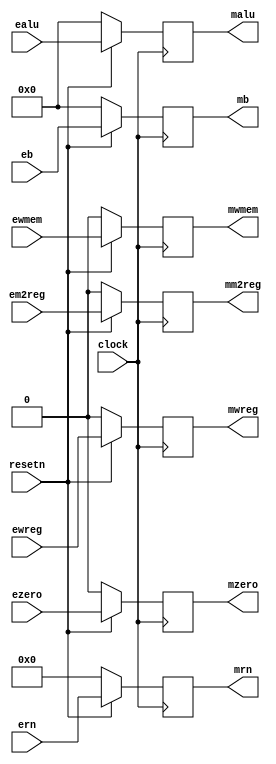
module pipeemreg(ewreg,em2reg,ewmem,ealu,eb,ern,ezero,clock,resetn,
					mwreg,mm2reg,mwmem,malu,mb,mrn,mzero);

	input          ewreg, em2reg, ewmem, ezero, clock, resetn;
	input  [31:0]  ealu, eb;
	input  [4:0]   ern;
	output         mwreg, mm2reg, mwmem, mzero;
	output [31:0]  malu, mb;
	output [4:0]   mrn;
	reg            mwreg, mm2reg, mwmem, mzero;
	reg    [31:0]  malu, mb;
	reg    [4:0]   mrn;
	
	always @(posedge clock)
	begin
		if (~resetn)
		begin
			mwreg <= 0;
			mm2reg <= 0;
			mwmem <= 0;
			malu <= 0;
			mb <= 0;
			mrn <= 0;
			mzero <=0;
		end
		else
		begin
			mwreg <= ewreg;
			mm2reg <= em2reg;
			mwmem <= ewmem;
			malu <= ealu;
			mb <= eb;
			mrn <= ern;
			mzero <= ezero;
		end
	end

	
endmodule